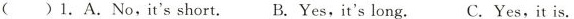
()1.A.No,it'sshort.B. Yes,it's long. C. Yes,it is.